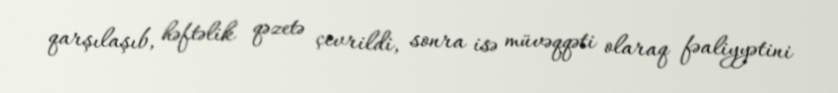
qarşılaşıb, həftəlik qəzetə çevrildi, sonra isə müvəqqəti olaraq fəaliyyətini